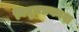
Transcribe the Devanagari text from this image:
विद्युतप्रकाश